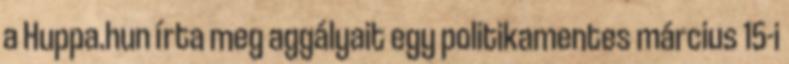
a Huppa.hun írta meg aggályait egy politikamentes március 15-i